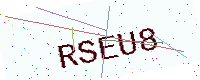
Text: RSEU8